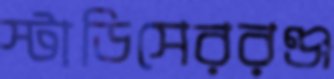
স্টাডিসেররঞ্জ